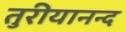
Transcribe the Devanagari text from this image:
तुरीयानन्द